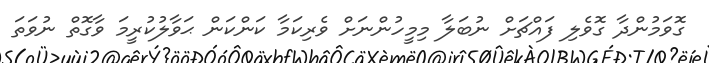
ގޮވަމުންދާ ގޮވެލި ފައްޗަށް ނުބަލާ މިމީހުންނަށް ވެރިކަމާ ކަންކަން ޙަވާލުކުރީމަ ވާގޮތް ނުވަތަ